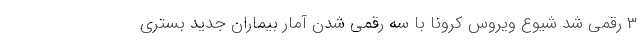
3 رقمی شد شیوع ویروس کرونا با سه رقمی شدن آمار بیماران جدید بستری